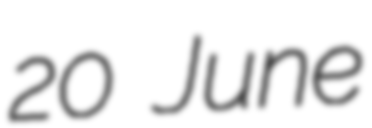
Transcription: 20 June